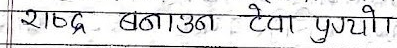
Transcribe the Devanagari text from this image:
शब्द बनाउन टेवा पुग्यो।